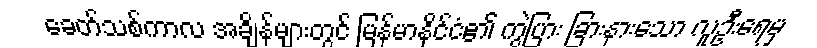
ခေတ်သစ်ကာလ အချိန်များတွင် မြန်မာနိုင်ငံ၏ ကွဲပြား ခြားနားသော လူဦးရေမှ